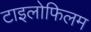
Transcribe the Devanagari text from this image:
टाइलोफिलम